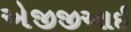
એજીજીઆઈ